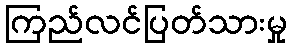
ကြည်လင်ပြတ်သားမှု